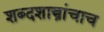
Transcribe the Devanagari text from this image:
शब्दशास्त्रांचाच